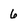
Character: 6